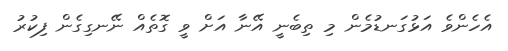
އެހެންވެ އަޅުގަނޑުމެން މި ތިބެނީ އޭނާ އަށް ވީ ގޮތެއް ނޭނގިގެން ފިކުރު